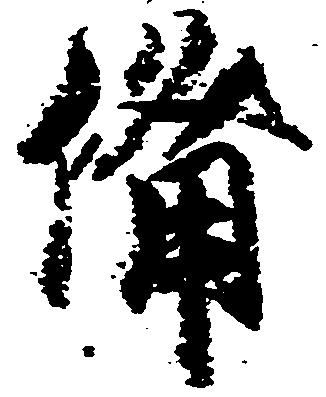
備